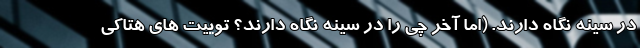
در سینه نگاه دارند. (اما آخر چی را در سینه نگاه دارند؟ توییت های هتاکی